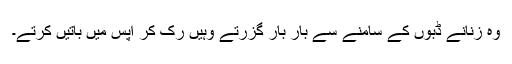
وہ زنانے ڈبوں کے سامنے سے بار بار گزرتے وہیں رک کر آپس میں باتیں کرتے۔